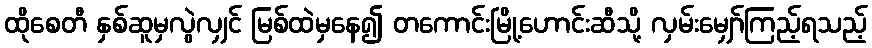
ထိုစေတီ နှစ်ဆူမှလွဲလျှင် မြစ်ထဲမှနေ၍ တကောင်းမြို့ဟောင်းဆီသို့ လှမ်းမျှော်ကြည့်ရသည့်